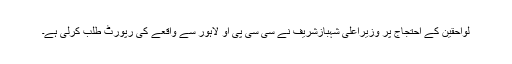
لواحقین کے احتجاج پر وزیراعلی شہبازشریف نے سی سی پی او لاہور سے واقعے کی رپورٹ طلب کرلی ہے۔